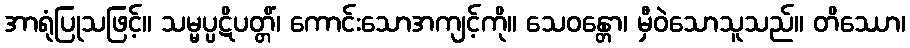
အာရုံပြုသဖြင့်။ သမ္မပ္ပဋိပတ္တိံ၊ ကောင်းသောအကျင့်ကို။ သေဝန္တော၊ မှီဝဲသောသူသည်။ တိဿော၊